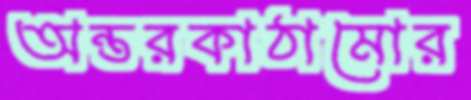
অন্তরকাঠামোর